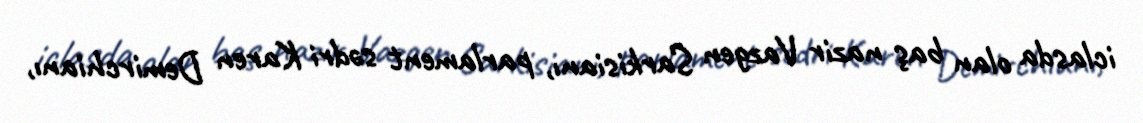
iclasda olan baş nazir Vazgen Sarkisianı, parlament sədri Karen Demirchianı,